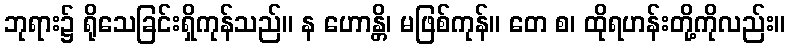
ဘုရား၌ ရိုသေခြင်းရှိကုန်သည်။ န ဟောန္တိ၊ မဖြစ်ကုန်။ တေ စ၊ ထိုရဟန်းတို့ကိုလည်း။